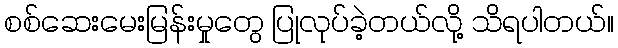
စစ်ဆေးမေးမြန်းမှုတွေ ပြုလုပ်ခဲ့တယ်လို့ သိရပါတယ်။